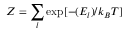
Z = \sum _ { l } \exp [ - ( E _ { l } ) / k _ { B } T ]